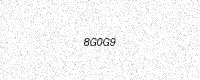
Text: 8G0G9